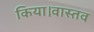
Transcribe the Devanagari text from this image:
किया।वास्तव